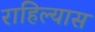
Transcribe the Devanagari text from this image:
राहिल्‍यास